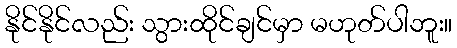
နိုင်နိုင်လည်း သွားထိုင်ချင်မှာ မဟုတ်ပါဘူး။